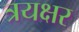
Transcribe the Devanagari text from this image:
त्रयक्षर